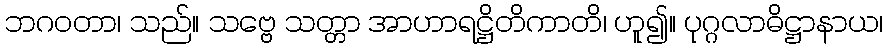
ဘဂဝတာ၊ သည်။ သဗ္ဗေ သတ္တာ အာဟာရဋ္ဌိတိကာတိ၊ ဟူ၍။ ပုဂ္ဂလာဓိဋ္ဌာနာယ၊